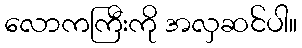
လောကကြီးကို အလှဆင်ပါ။